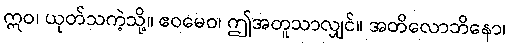
ဣဝ၊ ယုတ်သကဲ့သို့။ ဧဝမေဝ၊ ဤအတူသာလျှင်။ အတိလောဘိနော၊